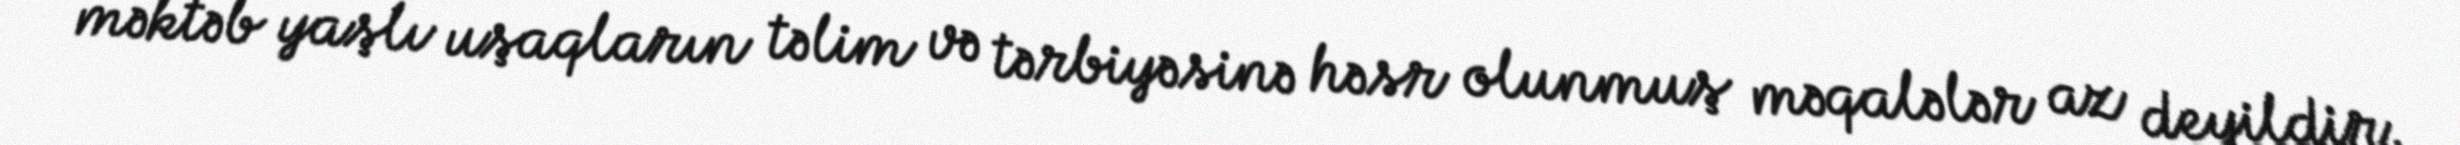
məktəb yaşlı uşaqların təlim və tərbiyəsinə həsr olunmuş məqalələr az deyildir.